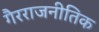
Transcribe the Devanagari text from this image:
गैरराजनीतिक